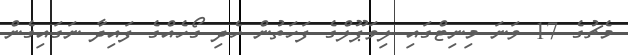
މެޗުގެ 17 ވަނަ މިނިޓްގައި ލިވަޕޫލްގެ ފަހަތުން ހެދި ގޯހެއްގެ ފައިދާ ނަގައިގެން